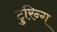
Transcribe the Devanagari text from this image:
टुरिन्ग